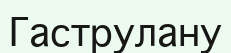
Гаструлану